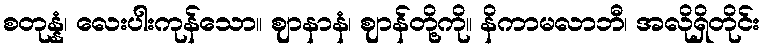
စတုန္နံ၊ လေးပါးကုန်သော။ ဈာနာနံ၊ ဈာန်တို့ကို။ နိကာမလာဘီ၊ အလိုရှိတိုင်း